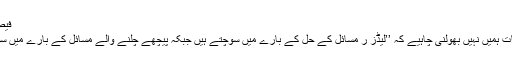
فیصلہ سازی کی تربیت:
برئین ٹریسی کی یہ بات ہمیں نہیں بھولنی چاہیے کہ ’’لیڈز ر مسائل کے حل کے بارے میں سوچتے ہیں جبکہ پیچھے چلنے والے مسائل کے بارے میں سوچتے اور بولتے ہیں۔